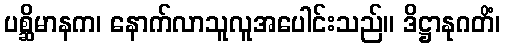
ပစ္ဆိမာနက၊ နောက်လာသူလူအပေါင်းသည်။ ဒိဋ္ဌာနုဂတိံ၊